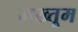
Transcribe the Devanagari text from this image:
मख्तूम